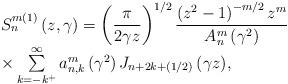
LaTeX: \begin{align*}\begin{array}[c]{l}S_{n}^{m\left( 1\right) }\left( {z,\gamma}\right) =\left( {\dfrac{\pi}{2\gamma z}}\right) ^{1/2}\dfrac{\left( {z^{2}-1}\right) ^{-m/2}z^{m}}{A_{n}^{m}\left( {\gamma^{2}}\right) }\\\times\sum\limits_{k=-k^{+ }}^{\infty}{a_{n,k}^{m}\left( {\gamma^{2}}\right)J_{n+2k+\left( {1/2}\right) }\left( {\gamma z}\right) },\end{array}\end{align*}